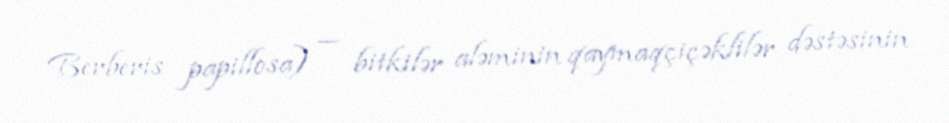
Berberis papillosa) — bitkilər aləminin qaymaqçiçəklilər dəstəsinin